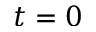
t = 0